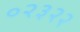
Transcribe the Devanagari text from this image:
०२३२२